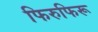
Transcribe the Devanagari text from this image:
फिरुफिरू